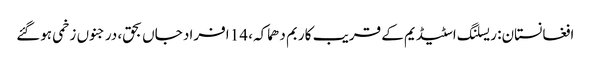
افغانستان: ریسلنگ اسٹیڈیم کے قریب کار بم دھماکہ، 14 افراد جاں بحق، درجنوں زخمی ہوگئے